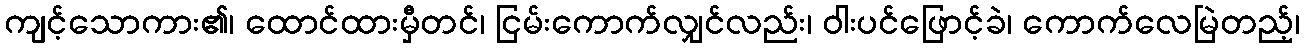
ကျင့်သောကား၏၊ ထောင်ထားမှီတင်၊ ငြမ်းကောက်လျှင်လည်း၊ ဝါးပင်ဖြောင့်ခဲ၊ ကောက်လေမြဲတည့်၊